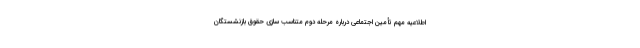
اطلاعیه مهم تأمین اجتماعی درباره مرحله دوم متناسب سازی حقوق بازنشستگان